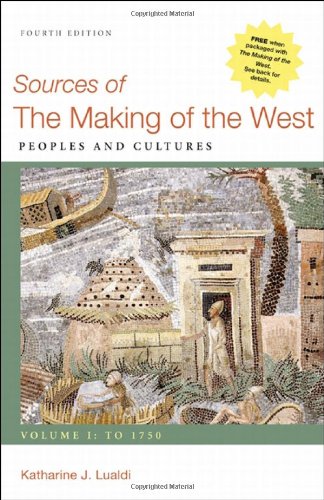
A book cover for Sources of The Making of the West, Volume I: To 1750: Peoples and Cultures; Katharine J. Lualdi; History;